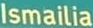
Ismailia